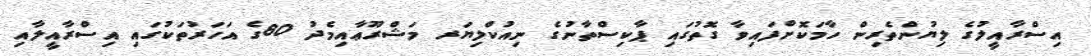
އިސްރާއީލުގެ ލިޔުންތެރިން ހާމަކޮށްފައިވާ ގޮތުގައި ޕާކިސްތާނުގެ ނިއުކްލިޔަރ މަޝްރޫޢާއިމެދު 80ގެ އަހަރުތަކުގައި އިސްރާއީލާއި